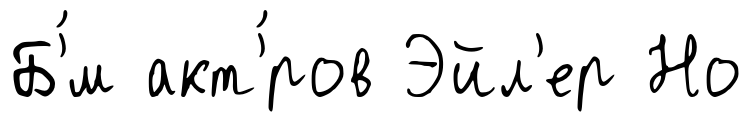
Б'́м акт'́ров Эйл'ер Но